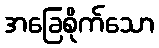
အခြေစိုက်သော